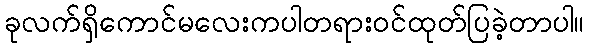
ခုလက်ရှိကောင်မလေးကပါတရားဝင်ထုတ်ပြခဲ့တာပါ။